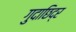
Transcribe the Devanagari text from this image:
गुदाछिद्र